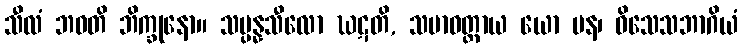
သီလံ ဘဝတိ ဘိက္ခုနော။ သမ္ပန္နသီလော ဃဋတိ, သမာဓတ္ထာယ ယော ပန၊ ဝိသေသဘာဂိယံ